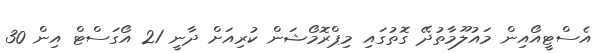
އެސްޓީއޯއިން މައުލޫމާތުދޭ ގޮތުގައި މިޕްރޮމޯޝަން ކުރިއަށް ދާނީ 21 އޯގަސްޓް އިން 30